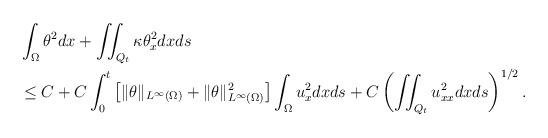
LaTeX: \begin{align*}\begin{aligned} &\int_\Omega \theta^2dx+ \iint_{Q_t} \kappa \theta_x^2dxds\\ &\leq C +C\int_0^t\left[\|\theta\|_{L^\infty(\Omega)}+\|\theta\|_{L^\infty(\Omega)}^{2}\right]\int_{\Omega}u_x^2 dxds +C\left(\iint_{Q_t}u_{xx}^2 dxds\right)^{1/2}. \end{aligned}\end{align*}